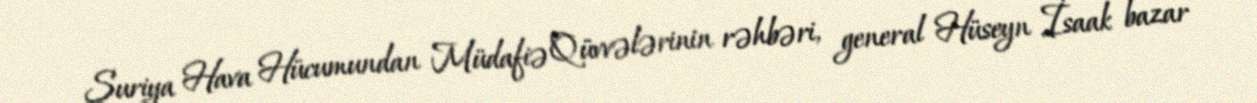
Suriya Hava Hücumundan Müdafiə Qüvvələrinin rəhbəri, general Hüseyn İsaak bazar